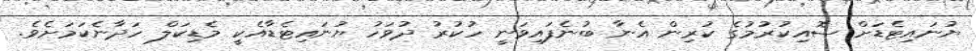
ޔުނައިޓެޑަށް ސޮއިކުރުމުގެ ކުރިން އެނާ ބުނެފައިވަނީ ހުކުރު ދުވަހު ޔުނައިޓެޑާއެކީ މެޑިކަލް ހަދާނެކަމަށެވެ.